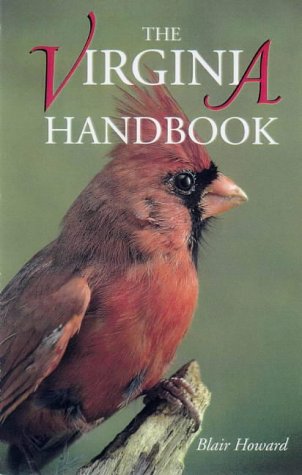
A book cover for The Virginia Handbook; Blair Howard; Travel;